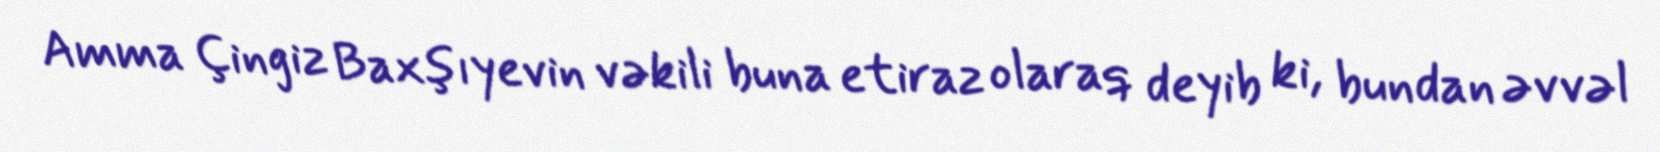
Amma Çingiz Baxşıyevin vəkili buna etiraz olaraq deyib ki, bundan əvvəl